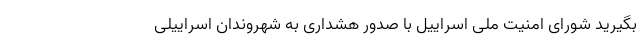
بگیرید شورای امنیت ملی اسراییل با صدور هشداری به شهروندان اسراییلی